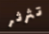
تثرثر